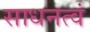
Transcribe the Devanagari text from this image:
साधनत्वं